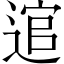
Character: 逭